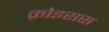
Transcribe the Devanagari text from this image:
क्रोइसस